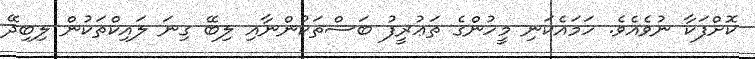
ކޮށްފަކާ ނުވެއެވެ. ހަމައެކަނި މީހުންގެ ތަޢުރީފު ބަސްތަކުންނާއި ލިބޭ ގިނަ ލައިކްތަކުން ލިބިދޭ